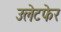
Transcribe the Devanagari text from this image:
उलेटफेर